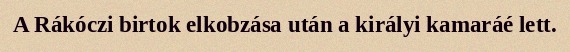
A Rákóczi birtok elkobzása után a királyi kamaráé lett.